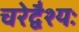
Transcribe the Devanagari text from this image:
चरेद्वैश्यः